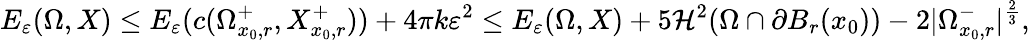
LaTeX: E_{\varepsilon}(\Omega,X)\leq E_{\varepsilon}(c(\Omega_{x_{0},r}^{+},X_{x_{0},r}^{+}))+4\pi k\varepsilon^{2}\leq E_{\varepsilon}(\Omega,X)+5\mathcal{H}^{2}(\Omega\cap\partial B_{r}(x_{0}))-2|\Omega_{x_{0},r}^{-}|^{\frac{2}{3}},